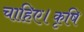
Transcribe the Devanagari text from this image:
चाहिए।कृषि